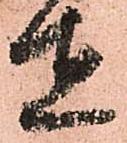
在